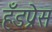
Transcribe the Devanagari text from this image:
हँडप्रेस